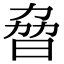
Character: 𣆕